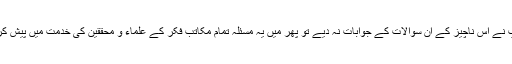
اگر آپ نے اس ناچیز کے ان سوالات کے جوابات نہ دیے تو پھر میں یہ مسئلہ تمام مکاتب فکر کے علماء و محققین کی خدمت میں پیش کرونگا۔